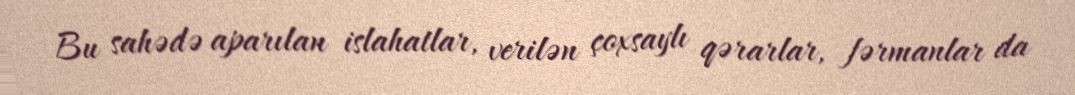
Bu sahədə aparılan islahatlar, verilən çoxsaylı qərarlar, fərmanlar da